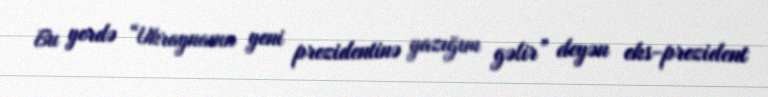
Bu yerdə “Ukraynanın yeni prezidentinə yazığım gəlir” deyən eks-prezident